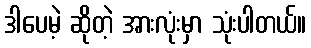
ဒါပေမဲ့ ဆိုတဲ့ အားလုံးမှာ သုံးပါတယ်။